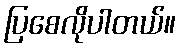
ပြစေလိုပါတယ်။